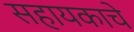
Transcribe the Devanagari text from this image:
सहायकाचे